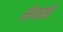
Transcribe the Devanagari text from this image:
सेक्‍सी